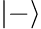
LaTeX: \left|-\right\rangle